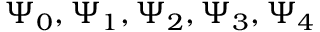
\Psi _ { 0 } , \Psi _ { 1 } , \Psi _ { 2 } , \Psi _ { 3 } , \Psi _ { 4 }